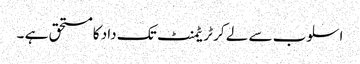
اسلوب سے لے کر ٹریٹمنٹ تک داد کا مستحق ہے ۔